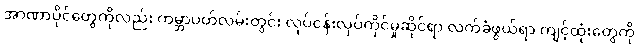
အာဏာပိုင်တွေကိုလည်း ကမ္ဘာပတ်လမ်းတွင်း လုပ်ငန်းလုပ်ကိုင်မှုဆိုင်ရာ လက်ခံဖွယ်ရာ ကျင့်ထုံးတွေကို